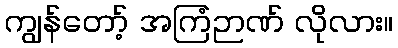
ကျွန်တော့် အကြံဉာဏ် လိုလား။